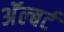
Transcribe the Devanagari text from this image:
अॅल्बर्ट